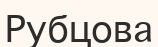
Рубцова